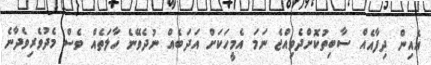
އެއިން ދިފާއެއް ސާބިތުކޮށްދެވިއްޖެ ނަމަ އެމީހަކަށް އަދަބެއް ނުދެވޭނެ ހާލަތެއް ވެސް މެދުވެރިވެދާނެ